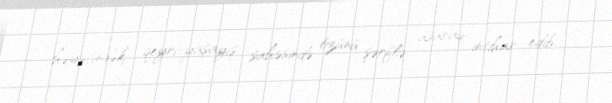
həyətindəki qeyri-yaşayış sahəsində özünü şərflə asaraq intihar edib.